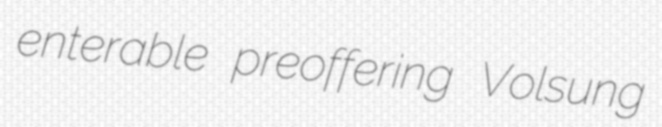
enterable preoffering Volsung